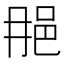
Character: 𨚉